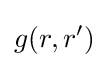
g(r,r^{\prime })